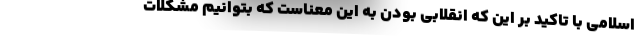
اسلامی با تاکید بر این که انقلابی بودن به این معناست که بتوانیم مشکلات